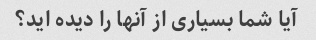
آیا شما بسیاری از آنها را دیده اید؟